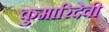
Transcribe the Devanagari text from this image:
कुमारिदेवी